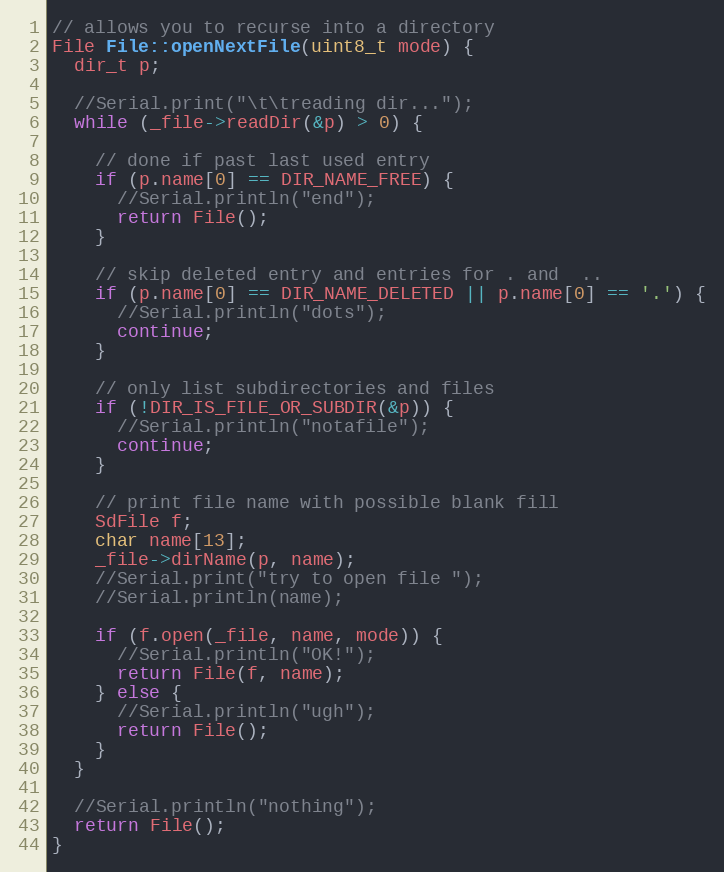
Language: C++
// allows you to recurse into a directory
File File::openNextFile(uint8_t mode) {
  dir_t p;

  //Serial.print("\t\treading dir...");
  while (_file->readDir(&p) > 0) {

    // done if past last used entry
    if (p.name[0] == DIR_NAME_FREE) {
      //Serial.println("end");
      return File();
    }

    // skip deleted entry and entries for . and  ..
    if (p.name[0] == DIR_NAME_DELETED || p.name[0] == '.') {
      //Serial.println("dots");
      continue;
    }

    // only list subdirectories and files
    if (!DIR_IS_FILE_OR_SUBDIR(&p)) {
      //Serial.println("notafile");
      continue;
    }

    // print file name with possible blank fill
    SdFile f;
    char name[13];
    _file->dirName(p, name);
    //Serial.print("try to open file ");
    //Serial.println(name);

    if (f.open(_file, name, mode)) {
      //Serial.println("OK!");
      return File(f, name);
    } else {
      //Serial.println("ugh");
      return File();
    }
  }

  //Serial.println("nothing");
  return File();
}